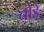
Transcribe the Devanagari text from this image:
तोङे